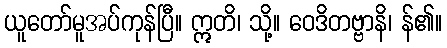
ယူတော်မူအပ်ကုန်ပြီ။ ဣတိ၊ သို့။ ဝေဒိတဗ္ဗာနိ၊ န်၏။